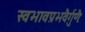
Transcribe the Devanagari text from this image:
स्वभावप्रभवैर्गुणैः